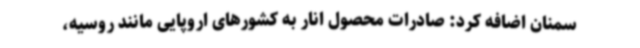
سمنان اضافه کرد: صادرات محصول انار به کشورهای اروپایی مانند روسیه،